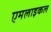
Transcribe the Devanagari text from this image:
एमलाइकल